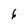
Character: 6